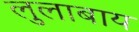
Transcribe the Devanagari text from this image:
लुलाबाय